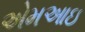
એમઆઇ